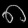
Digit: ၈